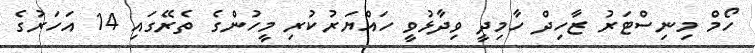
ހޯމް މިނިސްޓަރު ޒާހިދް ހާމިދީ ވިދާޅުވީ ހައްޔަރުކުރި މީހުންގެ ތެރޭގައި 14 އަހަރުގެ